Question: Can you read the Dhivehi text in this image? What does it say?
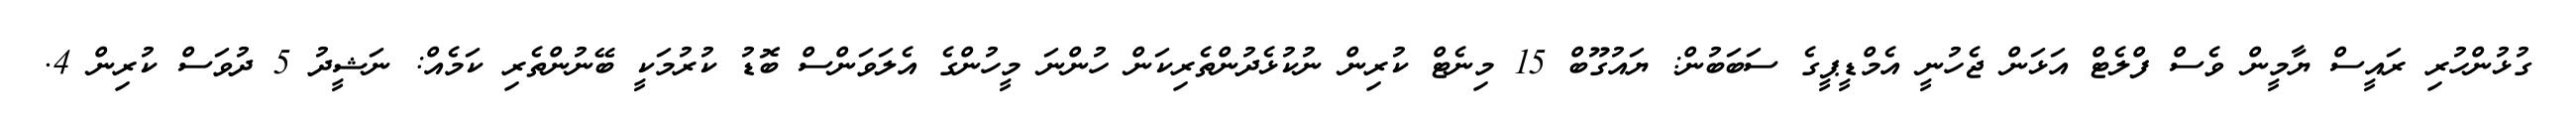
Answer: ގުޅުންހުރި ރައީސް ޔާމީން ވެސް ފްލެޓް އަޅަން ޖެހުނީ އެމްޑީޕީގެ ސަބަބުން: ޔައުގޫބް 15 މިނެޓް ކުރިން ނުކުޅެދުންތެރިކަން ހުންނަ މީހުންގެ އެލަވަންސް ބޮޑު ކުރުމަކީ ބޭނުންތެރި ކަމެއް: ނަޝީދު 5 ދުވަސް ކުރިން 4.